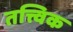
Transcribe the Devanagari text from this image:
तत्त्विक